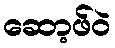
ဆော့ဖ်ဝဲ